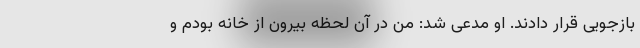
بازجویی قرار دادند. او مدعی شد: من در آن لحظه بیرون از خانه بودم و